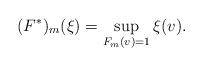
LaTeX: \begin{align*}(F^*)_m(\xi) = \sup_{F_m(v)=1}\xi(v). \end{align*}